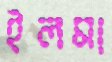
ইলমা